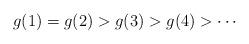
LaTeX: \begin{align*}g(1)=g(2) > g(3) > g(4) > \cdots\end{align*}